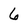
Character: 6